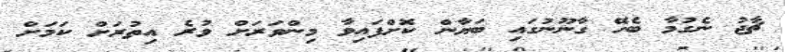
ޗާޖު ނެގުމާ ބެހޭ ގާނޫނުގައި ބަޔާން ކޮށްފައިވާ މިންވަރަށް ވުރެ އިތުރަށް ކަމަށް